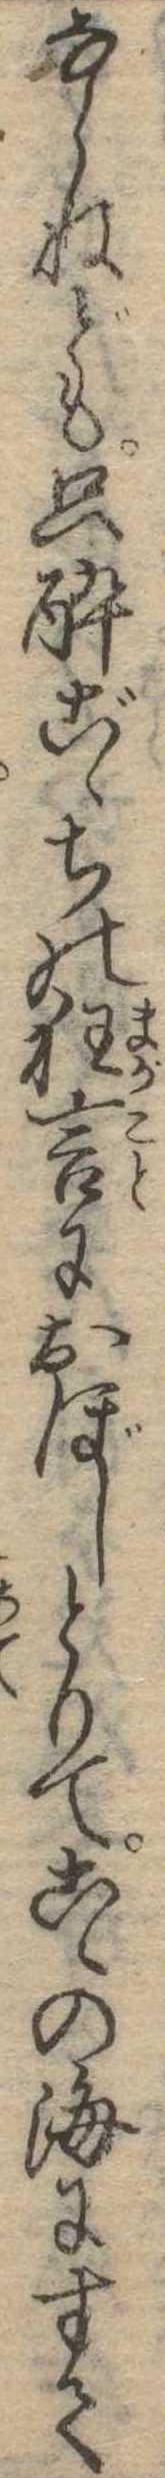
ならねども只酔ごゝちの狂言におぼしとりてこゝの海にすて